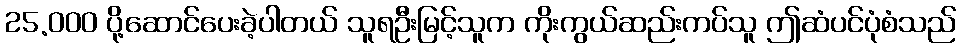
25.000 ပို့ဆောင်ပေးခဲ့ပါတယ် သူရဦးမြင့်သူက ကိုးကွယ်ဆည်းကပ်သူ ဤဆံပင်ပုံစံသည်